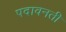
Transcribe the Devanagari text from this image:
पदावनती